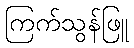
ကြက်သွန်ဖြူ